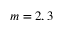
m = 2 , 3